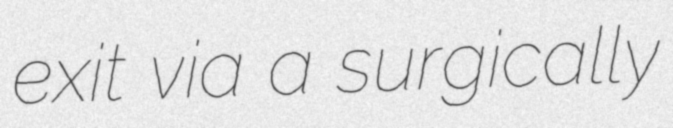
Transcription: exit via a surgically